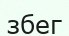
збег